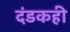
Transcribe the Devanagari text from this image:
दंडकही